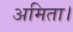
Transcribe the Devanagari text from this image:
अमिता।